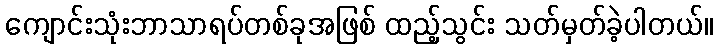
ကျောင်းသုံးဘာသာရပ်တစ်ခုအဖြစ် ထည့်သွင်း သတ်မှတ်ခဲ့ပါတယ်။